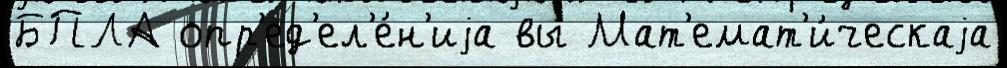
БПЛА опр'ед'ел'е́н'иjа вы Мат'емат'и́ческаjа